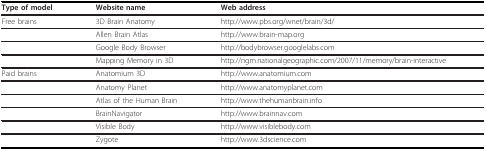
| Type of model | Website name | Web address |
 | --- | --- | --- |
 | Free brains | 3D Brain Anatomy | http://www.pbs.org/wnet/brain/3d/ |
 |  | Allen Brain Atlas | http://www.brain-map.org |
 |  | Google Body Browser | http://bodybrowser.googlelabs.com |
 |  | Mapping Memory in 3D | http://ngm.nationalgeographic.com/2007/11/memory/brain-interactive |
 | Paid brains | Anatomium 3D | http://www.anatomium.com |
 |  | Anatomy Planet | http://www.anatomyplanet.com |
 |  | Atlas of the Human Brain | http://www.thehumanbrain.info |
 |  | BrainNavigator | http://www.brainnav.com |
 |  | Visible Body | http://www.visiblebody.com |
 |  | Zygote | http://www.3dscience.com |